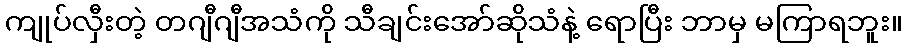
ကျုပ်လှီးတဲ့ တဂျီဂျီအသံကို သီချင်းအော်ဆိုသံနဲ့ ရောပြီး ဘာမှ မကြာရဘူး။